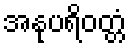
အနုပရိဝတ္တံ